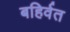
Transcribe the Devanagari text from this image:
बहिर्वत